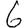
Digit: 6